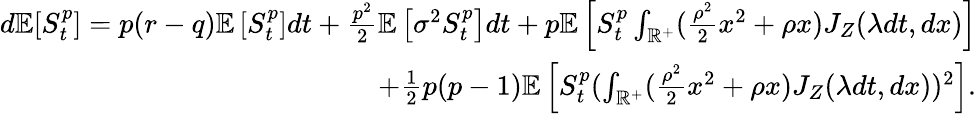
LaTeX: \begin{array}{r}{d\mathbb{E}[S_{t}^{p}]=p(r-q)\mathbb{E}\left[S_{t}^{p}\right]dt+\frac{p^{2}}{2}\mathbb{E}\left[\sigma^{2}S_{t}^{p}\right]dt+p\mathbb{E}\left[S_{t}^{p}\int_{\mathbb{R}^{+}}(\frac{\rho^{2}}{2}x^{2}+\rho x){J}_{Z}(\lambda dt,dx)\right]}\\ {+\frac{1}{2}p(p-1)\mathbb{E}\left[S_{t}^{p}(\int_{\mathbb{R}^{+}}(\frac{\rho^{2}}{2}x^{2}+\rho x){J}_{Z}(\lambda dt,dx))^{2}\right].}\end{array}